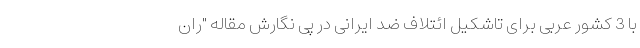
با 3 کشور عربی برای تاشکیل ائتلاف ضد ایرانی در پی نگارش مقاله "ران